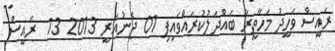
ރައީސް ވަހީދު މަހާތީރާ ބައްދަލުކުރައްވައިފި 01 ޖެނުއަރީ 2013 13  ރައީސް